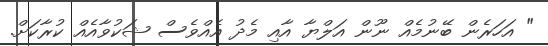
" އަހަރެން ބޭނުމެއް ނޫން އަލްޔާ އާއި މެދު އެއްވެސް ޝަކުވާއެއް ކުރާކަށް.